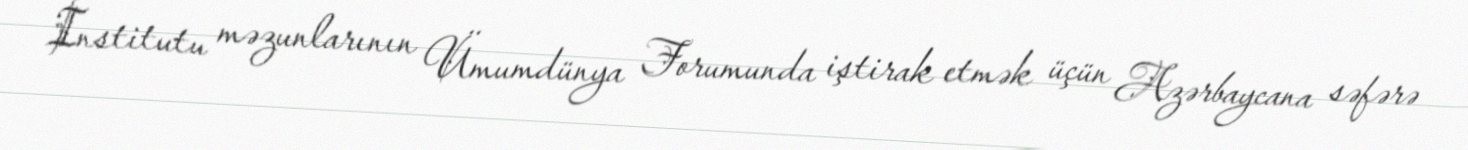
İnstitutu məzunlarının Ümumdünya Forumunda iştirak etmək üçün Azərbaycana səfərə